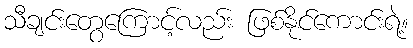
သီချင်းတွေကြောင့်လည်း ဖြစ်နိုင်ကောင်းရဲ့။